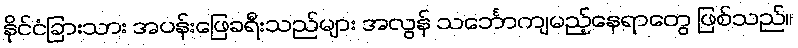
နိုင်ငံခြားသား အပန်းဖြေခရီးသည်များ အလွန် သင်္ဘောကျမည့်နေရာတွေ ဖြစ်သည်။